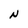
Character: N